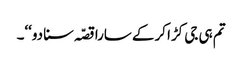
تم ہی جی کڑا کرکے سارا قصّہ سنا دو‘‘۔